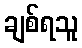
ချစ်ရသူ